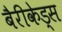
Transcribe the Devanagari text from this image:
बैरीकेड्स